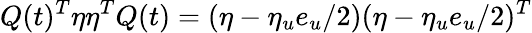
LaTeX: Q(t)^{T}\eta\eta^{T}Q(t)=(\eta-\eta_{u}e_{u}/2)(\eta-\eta_{u}e_{u}/2)^{T}